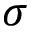
\sigma